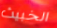
الخبيث